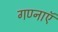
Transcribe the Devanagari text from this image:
गण्नाऍ